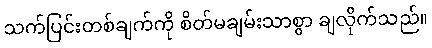
သက်ပြင်းတစ်ချက်ကို စိတ်မချမ်းသာစွာ ချလိုက်သည်။